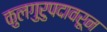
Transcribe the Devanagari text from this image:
कुलगुरुपदावरून